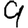
Digit: 9